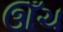
ઊઁચ